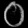
Digit: ၀